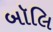
બૉલિ